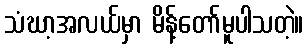
သံဃာ့အလယ်မှာ မိန့်တော်မူပါသတဲ့။